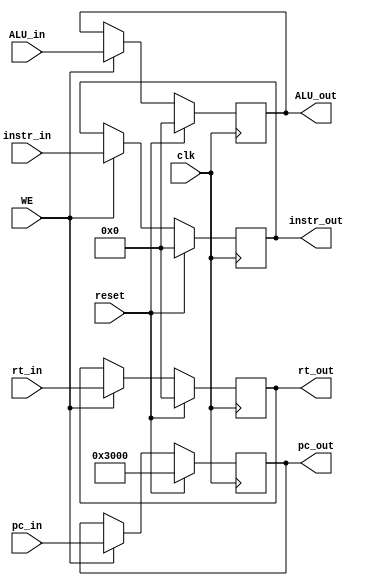
`timescale 1ns / 1ps

module MREG(
	input clk,
	input reset,
	input WE,
	input [31:0] instr_in,
	input [31:0] pc_in,
	input [31:0] ALU_in,
	input [31:0] rt_in,
	
	output reg [31:0] instr_out,
	output reg [31:0] pc_out,
	output reg [31:0] ALU_out,
	output reg [31:0] rt_out
    );
	 
	initial begin
		instr_out <= 0;
		pc_out <= 32'h0000_3000;
		ALU_out <= 0;
		rt_out <= 0;
	end
	
	always@(posedge clk) begin
		if(reset) begin
			instr_out <= 0;
			pc_out <= 32'h0000_3000;
			ALU_out <= 0;
			rt_out <= 0;
		end
		else if(WE) begin
			instr_out <= instr_in;
			pc_out <= pc_in;
			ALU_out <= ALU_in;
			rt_out <= rt_in; 
		end
	end
endmodule